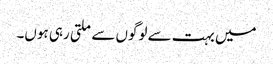
میں بہت سے لوگوں سے ملتی رہی ہوں۔